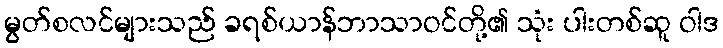
မွတ်စလင်များသည် ခရစ်ယာန်ဘာသာဝင်တို့၏ သုံး ပါးတစ်ဆူ ဝါဒ